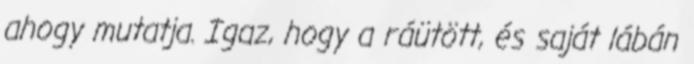
ahogy mutatja. Igaz, hogy a ráütött, és saját lábán